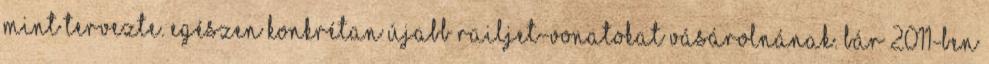
mint tervezte. Egészen konkrétan újabb Railjet-vonatokat vásárolnának. Bár 2011-ben